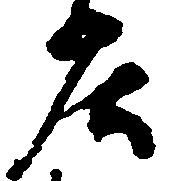
庄